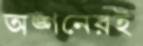
অঙ্গনেরই